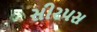
સીરપસ